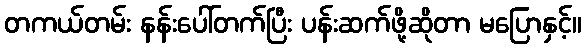
တကယ်တမ်း နန်းပေါ်တက်ပြီး ပန်းဆက်ဖို့ဆိုတာ မပြောနှင့်။